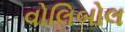
વોલિબોલ